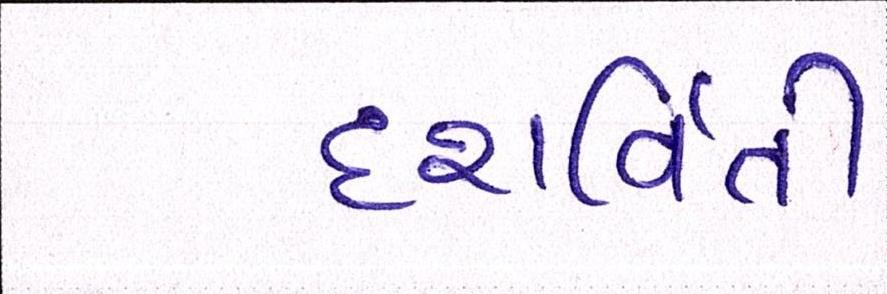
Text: દશર્વિતી